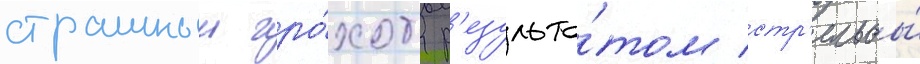
страшныи гро́хот р'езульта́том стр'ельбы́